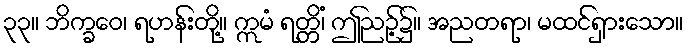
၃၃။ ဘိက္ခဝေ၊ ရဟန်းတို့။ ဣမံ ရတ္တိံ၊ ဤညဉ့်၌။ အညတရာ၊ မထင်ရှားသော။